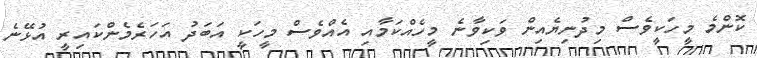
ކޮންމެ މީހަކީވެސް މިދުނިޔެއިން ވަކިވާނެ މީހެއްކަމާއި އެއްވެސް މީހަކީ އަބަދު އަހަރެމެންކައިރީ އުޅޭނެ